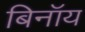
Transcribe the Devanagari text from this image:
बिनॉय